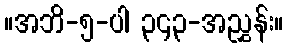
။အဘိ-၅-ပါ ၃၄၃-အညွှန်း။